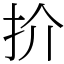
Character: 扴